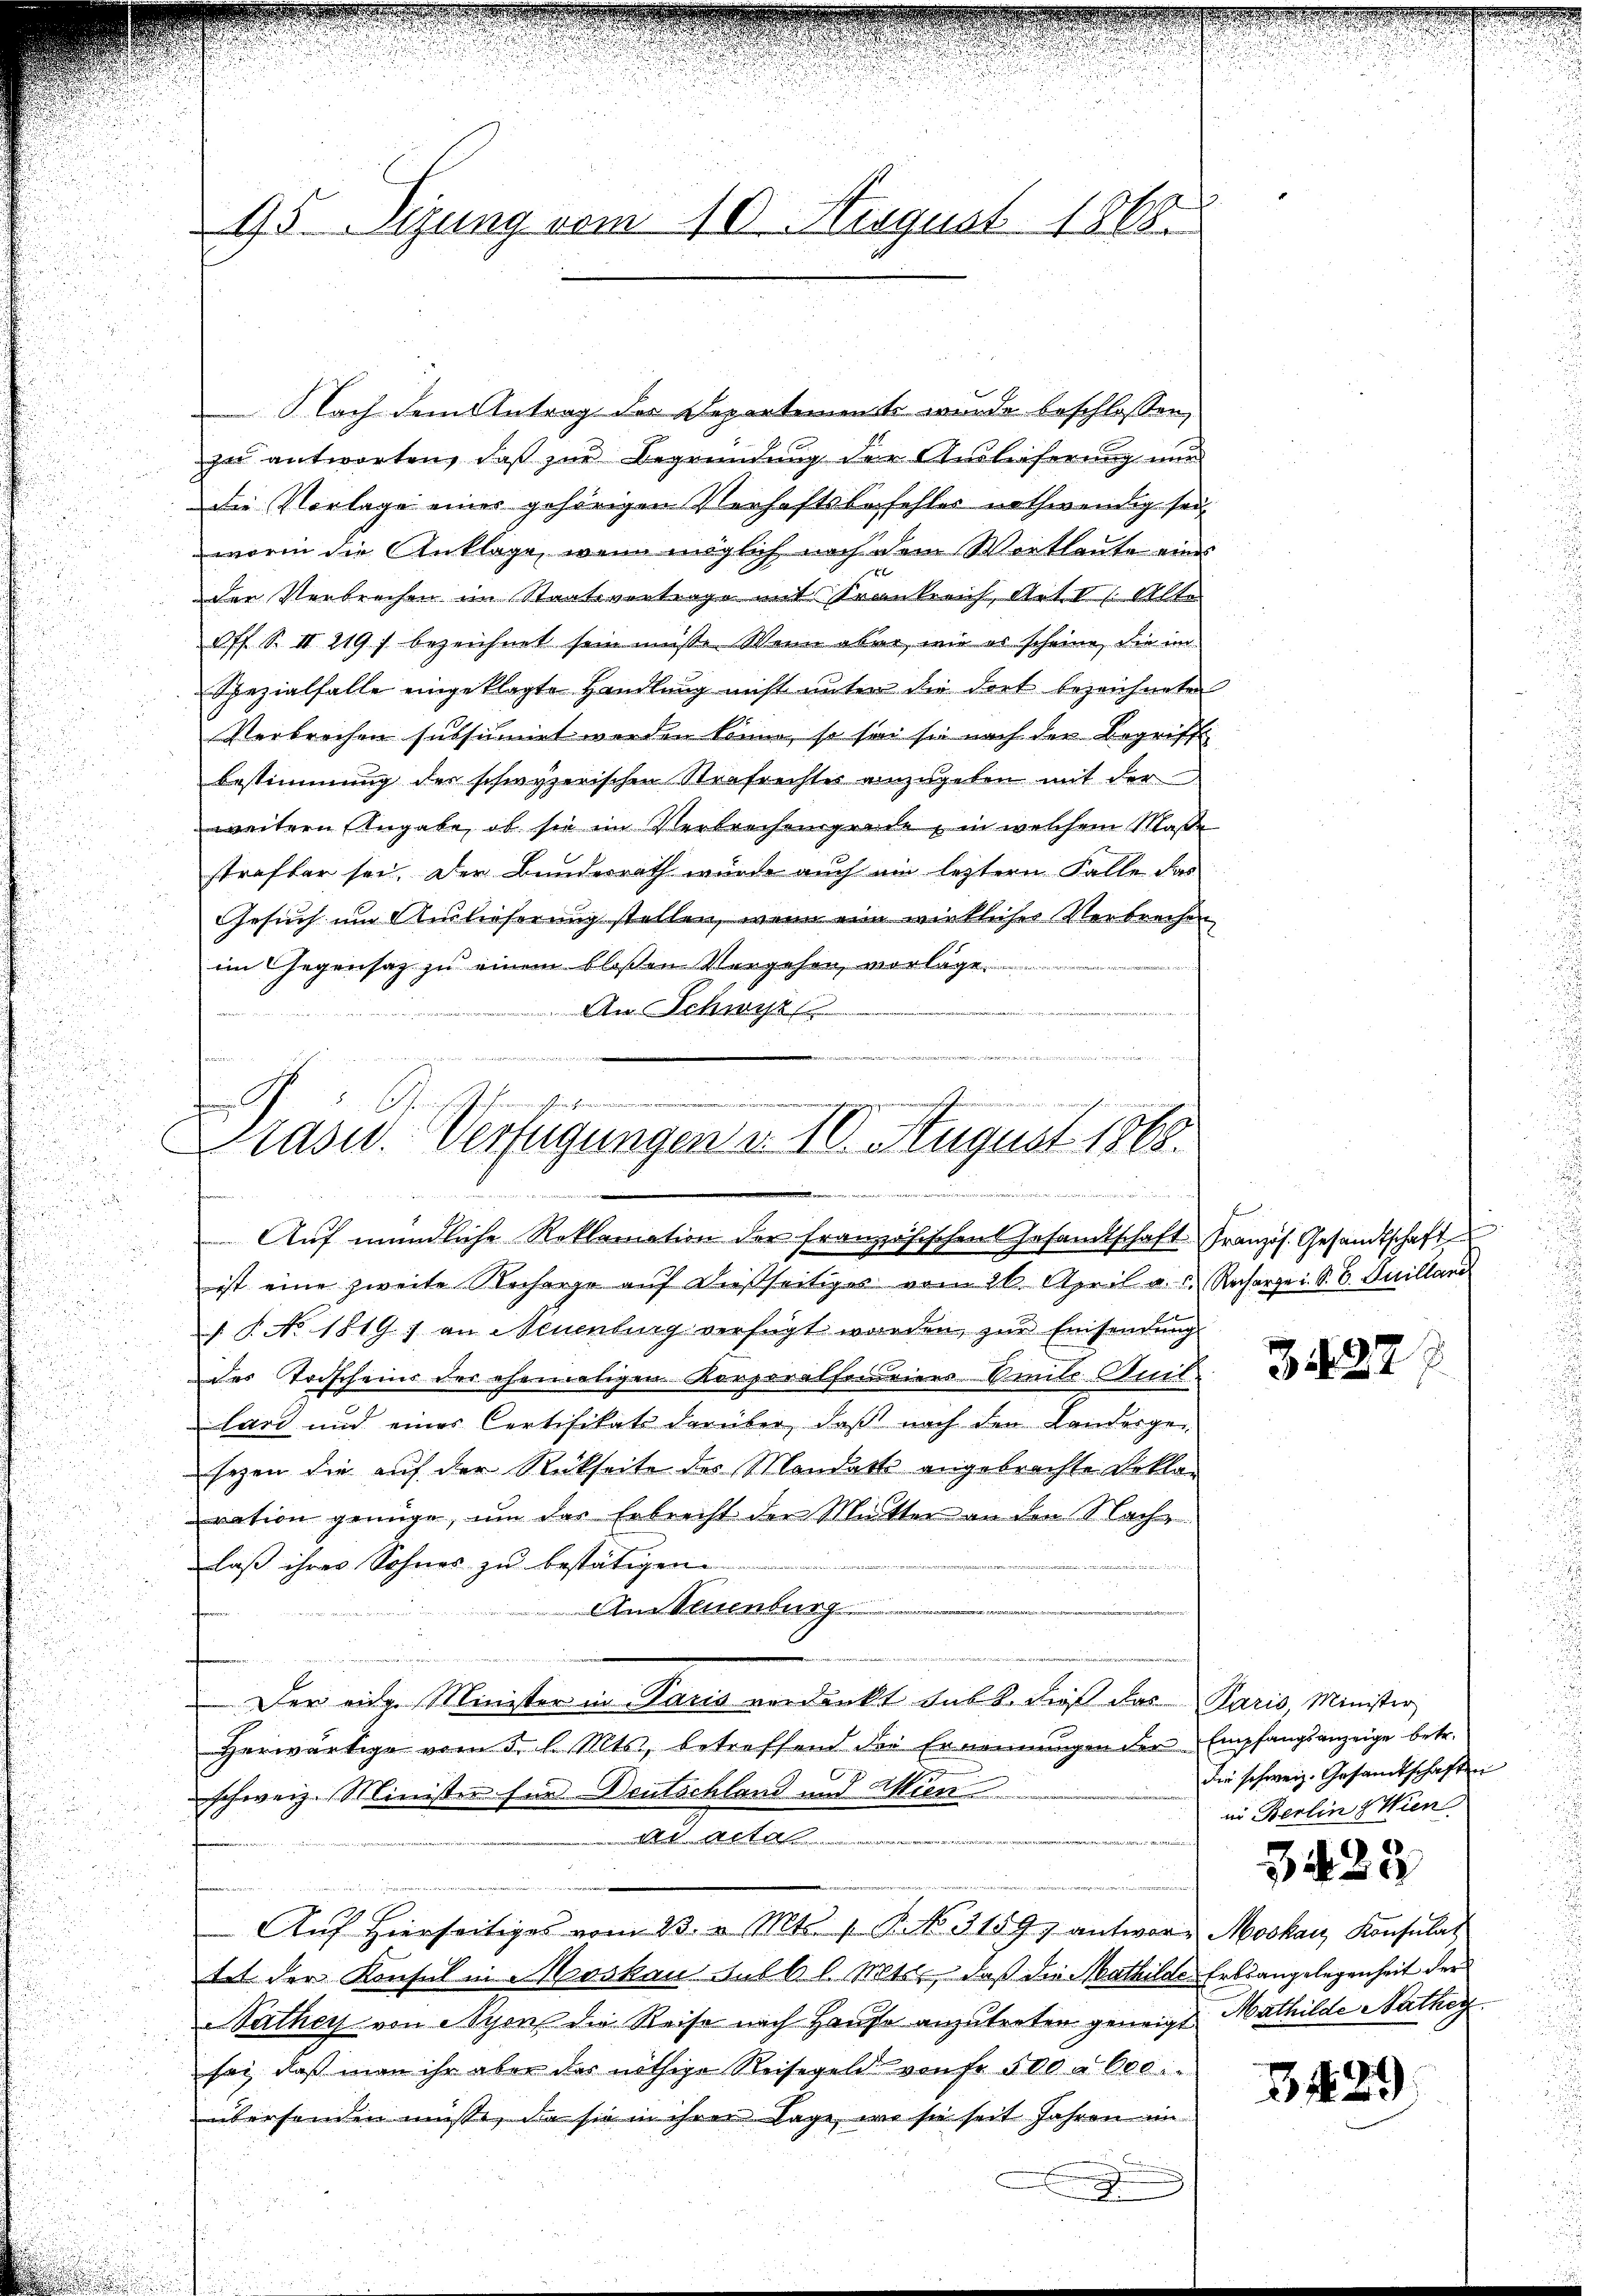
45 Sizung vom 10. August 1868.

Nach dem Antrag des Departemente wurde beschlossen,
zu antworten, daß zur Begründung der Ausleiserung nur
die Vorlage einer gehörigen Verhaftsbefehles nothwendig sei
worin die Anklage, wenn möglich nach dem Wortlaute eines
Der Verbrechen im Staatsvertrage mit Krankreich, Art. I. Alter
off S. II 219 f bezeichnet sein müsse. Wenn aber, wie es scheine, die im
Spezialfalle eingeklagte Handlung nicht unter die dort bezeichneten
Verbrechen subsumirt werden könne, so sei sie nach der Begriffe
Bestimmung der schwyzerischen Strafrechtes anzugeben mit der
weitern Angabe, ob sie im Verbrechengrade, in welchem Maße
strafbar sei. Der Bundesrath würde auch ein lezteren Falle das
Gesuch um Auslieferung stellen, wenn eine wirklicher Verbrechen
im Gegensaz zu einem bloßen Vergehen, vorlage
An Schwyz
i

ferren wären Anerker
7
e
Prasid. Verfügungen d. 10. August 1868.
fen
 atte erster den werden
r einen
Auf mündliche Reklamation der Franz
chischen Gesamtschaft Französ. Gesandtschaft

ist eine zweite Recharge aŭf dießseitiges vom 26. April a. c. Recharge i. S. 6. Juilland
/. P. No 1819) an Neuenburg verfügt worden, zŭr Einsendŭng
u
des Todscheins der ehematigen Korporatoreiers-Amte Muel-
lart und einer Certifikats darüber, daß nach den Landergesezen die auf der Rückseite des Manderts angebrachte Beklaration genüge, um das Erbrecht der Mutter an den Nachlaß ihrer Sohnes zu bestätigen.
An Stenburg
Der eidg. Minister in Paris verdankt subt, dieß das Paris Minister
Herwärtige vom 5. d. Mts., betreffend die Ernennungen der Empfangsanzeige betr.
schweiz. Minister für Deutschland und Aktien
a Mitthe
Aŭf Hierseitiges vom 23. v. Mts. 1. P. No. 31597 antwort Moskau Konsulat
tat der Konsul in Moskau Subb l. Mess, daß die Mathilde Erbsangelegenheit der
Pathey von Nyon die Reise nach Hause anzutreten geneigt Mathilde Natheg
sei, daß man ihr aber der nöthige Reisegeld von fr. 500 à 600
überhanden müsse, da sie in ihrer Lage, wo sie seit Jahren in
.

Z 32

der schweiz. Gesandtschaften
in Berlin Wien

3423

3429